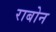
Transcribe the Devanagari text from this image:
राबोन